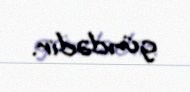
gündədir.